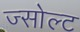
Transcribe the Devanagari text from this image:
ज्सोल्ट